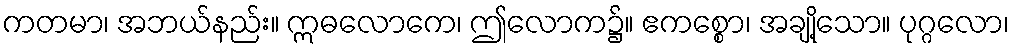
ကတမာ၊ အဘယ်နည်း။ ဣဓလောကေ၊ ဤလောက၌။ ဧကစ္စော၊ အချို့သော။ ပုဂ္ဂလော၊